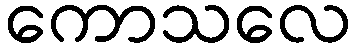
ကောသလေ